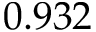
0 . 9 3 2